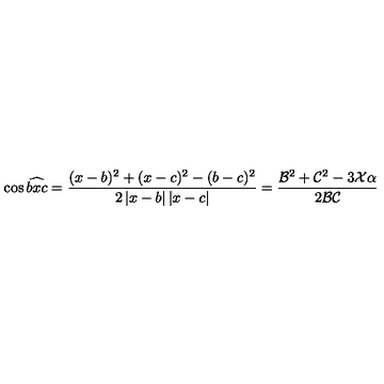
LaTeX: \cos \widehat { b x c } = \frac { ( x - b ) ^ { 2 } + ( x - c ) ^ { 2 } - ( b - c ) ^ { 2 } } { 2 \left| x - b \right| \left| x - c \right| } = \frac { \mathcal { B } ^ { 2 } + \mathcal { C } ^ { 2 } - 3 \mathcal { X } \alpha } { 2 \mathcal { B C } }